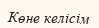
Көне келісім